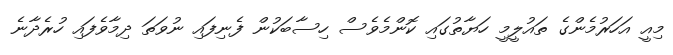
މިއީ އަހަރުމެންގެ ތައުލީމީ ހަޔާތުގައި ކޮންމެވެސް ހިސާބަކުން ފެނިފައި ނުވަތަ ދިމާވެފައި ހުރެދާނެ